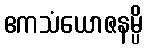
ဧကသံယောဇနမ္ပိ